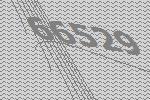
66529